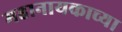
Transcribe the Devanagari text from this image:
महानायकाच्या